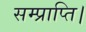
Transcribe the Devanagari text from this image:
सम्प्राप्ति।